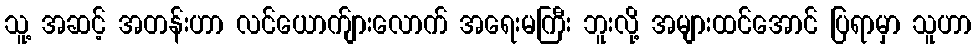
သူ့ အဆင့် အတန်းဟာ လင်ယောက်ျားလောက် အရေးမကြီး ဘူးလို့ အများထင်အောင် ပြရာမှာ သူဟာ